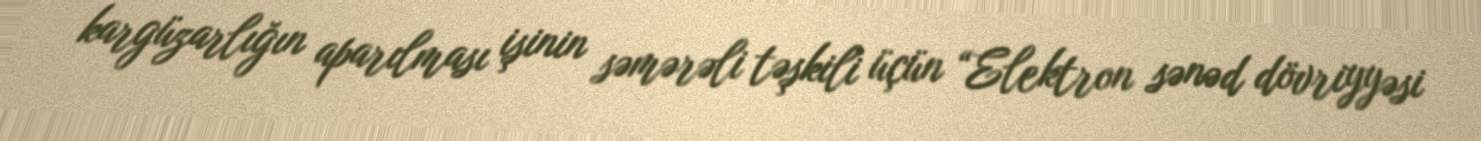
kargüzarlığın aparılması işinin səmərəli təşkili üçün “Elektron sənəd dövriyyəsi